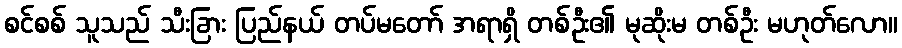
စင်စစ် သူသည် သီးခြား ပြည်နယ် တပ်မတော် အရာရှိ တစ်ဦး၏ မုဆိုးမ တစ်ဦး မဟုတ်လော။